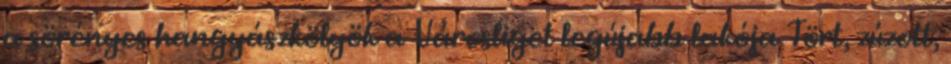
a sörényes hangyászkölyök a Városliget legújabb lakója Tört, zúzott,